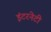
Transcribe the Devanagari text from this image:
इंटरनेटी